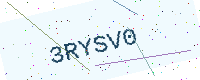
Text: 3RYSV0